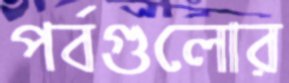
পর্বগুলোর